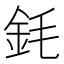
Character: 𲇇